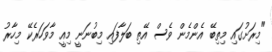
"މިރަށުގައި މިތިބޭ އެންމެން ވެސް އޭތި ބަލާފައި މިބުނަނީ މިއީ މާވަހަރެކޭ މިހާރު